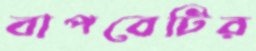
বাপবেটির